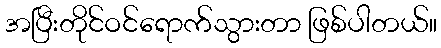
အပြီးတိုင်ဝင်ရောက်သွားတာ ဖြစ်ပါတယ်။